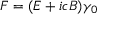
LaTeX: { F } = ( { E } + i c { B } ) \gamma _ { 0 }